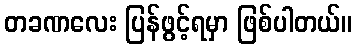
တခဏလေး ပြန်ဖွင့်ရမှာ ဖြစ်ပါတယ်။